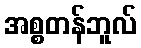
အစ္စတန်ဘူလ်